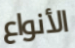
الأنواع